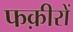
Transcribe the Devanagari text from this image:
फक़ीरों